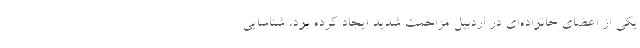
یکی از اعضای خانواده‌ای در اردبیل مزاحمت شدید ایجاد کرده بود، شناسایی